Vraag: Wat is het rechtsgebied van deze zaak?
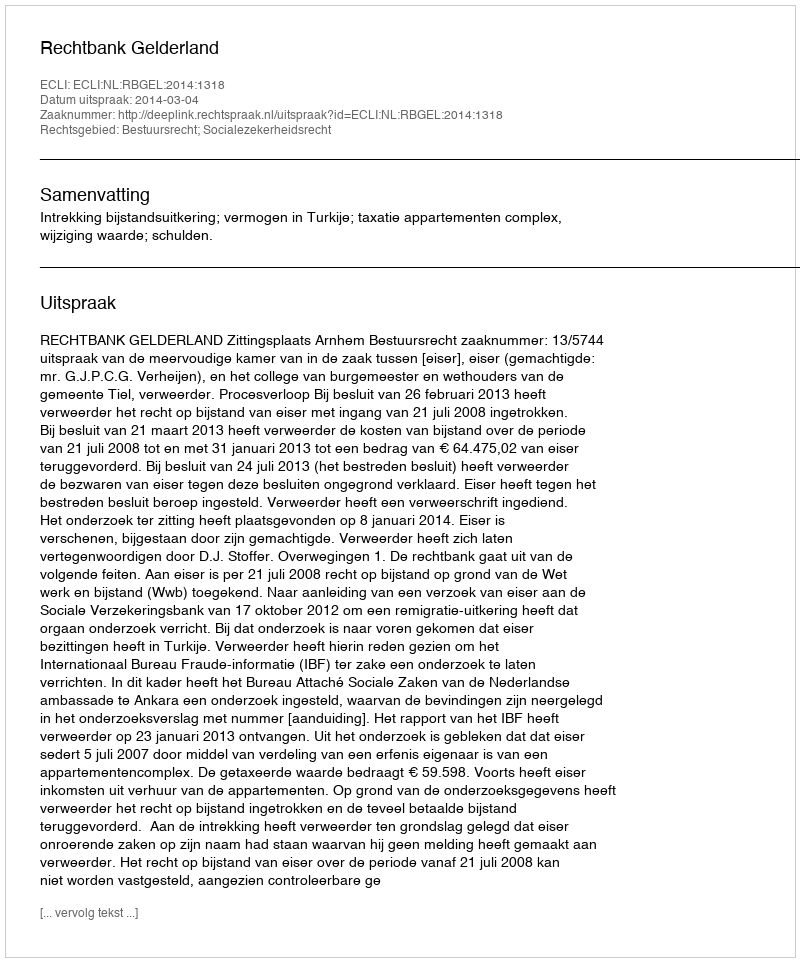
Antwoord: Bestuursrecht; Socialezekerheidsrecht